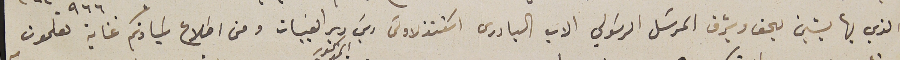
الذي بها يشين بحق وشرف المرسَل الرسَولي الاب البادرى اسَتنذلاوسَ ريسَ دير القبيات ومن اطلاع سَيادتكم غاية تعلمون